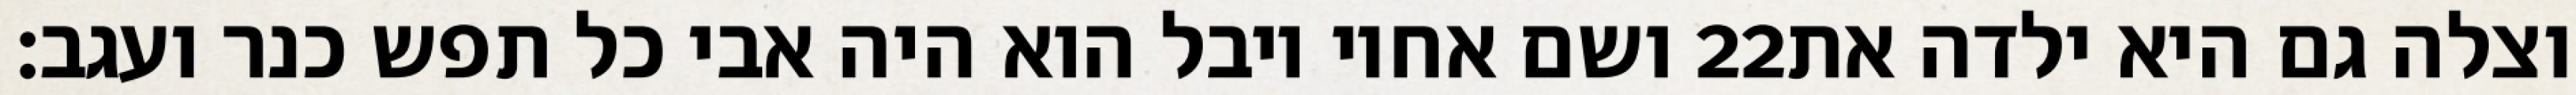
ושם אחיו יובל הוא היה אבי כל תפש כנר ועגב׃ ‎22‏ וצלה גם היא ילדה את